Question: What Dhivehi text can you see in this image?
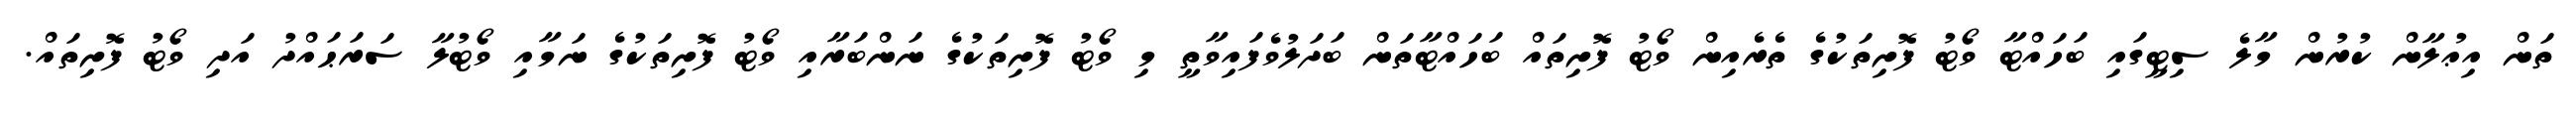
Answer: ތަން އިޢުލާން ކުރުން މާލެ ސިޓީގައި ބަހައްޓާ ވޯޓު ފޮށިތަކުގެ ތެރެއިން ވޯޓު ފޮށިތައް ބަހައްޓާތަން ބަދަލުވެފައިވާތީ މި ވޯޓު ފޮށިތަކުގެ ނަންބަރާއި ވޯޓު ފޮށިތަކުގެ ނަމާއި ވޯޓުލާ ސަރަޙައްދު އަދި ވޯޓު ފޮށިތައް.